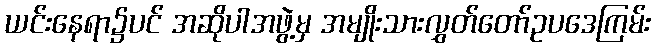
ယင်းနေရာ၌ပင် အဆိုပါအဖွဲ့မှ အမျိုးသားလွှတ်တော်ဥပဒေကြမ်း